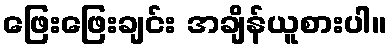
ဖြေးဖြေးချင်း အချိန်ယူစားပါ။